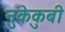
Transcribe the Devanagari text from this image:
नुकेकुबी